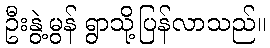
ဦးနွဲ့မွန် ရွာသို့ပြန်လာသည်။